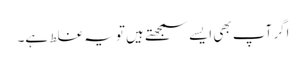
اگر آپ بھی ایسے سمجھتے ہیں تو یہ غلط ہے۔